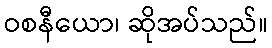
ဝစနီယော၊ ဆိုအပ်သည်။